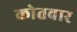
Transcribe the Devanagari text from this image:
कोतवार